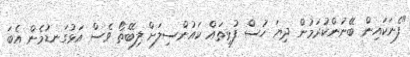
"ފެނަކައިން ބޭނުންކުރަމުން ދިޔަ ހުސް ފުޅިތައް ކައުންސިލަށް ލިބޭތޯ ވެސް އަޅުގަނޑުމެން އެބަ